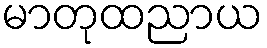
မာတုထညာယ